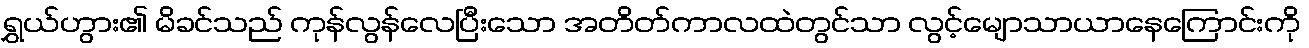
ရွှယ်ဟွား၏ မိခင်သည် ကုန်လွန်လေပြီးသော အတိတ်ကာလထဲတွင်သာ လွင့်မျောသာယာနေကြောင်းကို